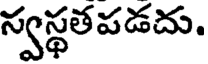
స్వస్థతపడదు.